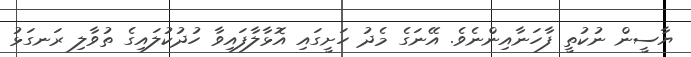
ޔާސީން ނުކުތީ ފާހަނާއިންނެވެ. އޭނަގެ މެދު ހަށީގައި އޮޅާލާފައިވާ ހުދުކުލައިގެ ތުވާލި ރަނގަޅު